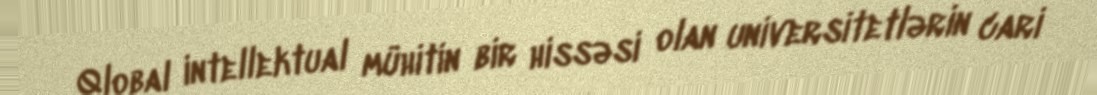
Qlobal intellektual mühitin bir hissəsi olan universitetlərin cari